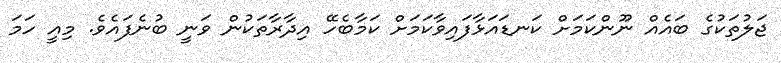
ޖަލުތަކުގެ ބައެއް ނޫންކަމަށް ކަނޑައަޅާފައިވާކަމަށް ކަމާބެހޭ އިދާރާތަކުން ވަނީ ބުނެފައެވެ. މިއީ ހަމަ